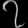
Digit: ၇